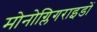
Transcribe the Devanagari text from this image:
मोनोग्लिगराइडों